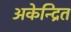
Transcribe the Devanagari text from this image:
अकेन्द्रित